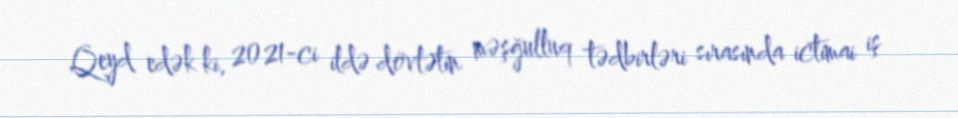
Qeyd edək ki, 2021-ci ildə dövlətin məşğulluq tədbirləri sırasında ictimai iş